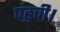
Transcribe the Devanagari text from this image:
पंहुची।